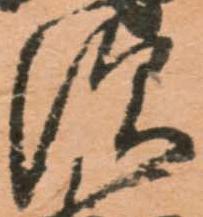
須